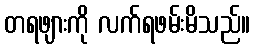
တရဖျားကို လက်ရဖမ်းမိသည်။